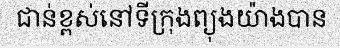
ជាន់ខ្ពស់នៅទីក្រុងព្យុងយ៉ាងបាន